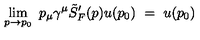
\lim _ { p \rightarrow p _ { 0 } } \ p _ { \mu } \gamma ^ { \mu } \tilde { S } _ { F } ^ { \prime } ( p ) u ( p _ { 0 } ) \ = \ u ( p _ { 0 } )